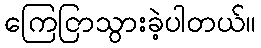
ကြေငြာသွားခဲ့ပါတယ်။